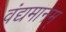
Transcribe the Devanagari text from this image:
वंद्यमानम्